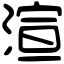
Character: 渲